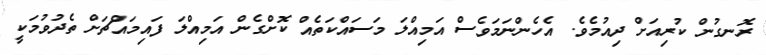
ރޮނގުން ކުރިއަށް ދިއުމެވެ. އެހެންނަމަވެސް އަމިއްލަ މަސައްކަތެއް ކޮށްގެން އަމިއްލަ ފައިމައްޗަށް ތެދުވުމަކީ